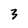
Character: 3